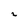
Character: 2